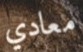
معادي